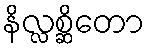
နိလ္လစ္ဆိတော